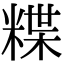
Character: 𥻈